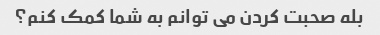
بله صحبت کردن می توانم به شما کمک کنم؟